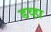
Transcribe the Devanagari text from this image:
डव्हा